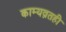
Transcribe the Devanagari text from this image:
काम्यव्रतही